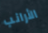
الأرانب